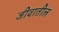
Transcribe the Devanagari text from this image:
जीवातील